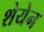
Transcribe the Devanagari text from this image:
शेयेन